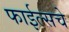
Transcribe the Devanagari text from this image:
फाईल्सचे